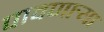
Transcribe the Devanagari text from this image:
पावणार्‍या